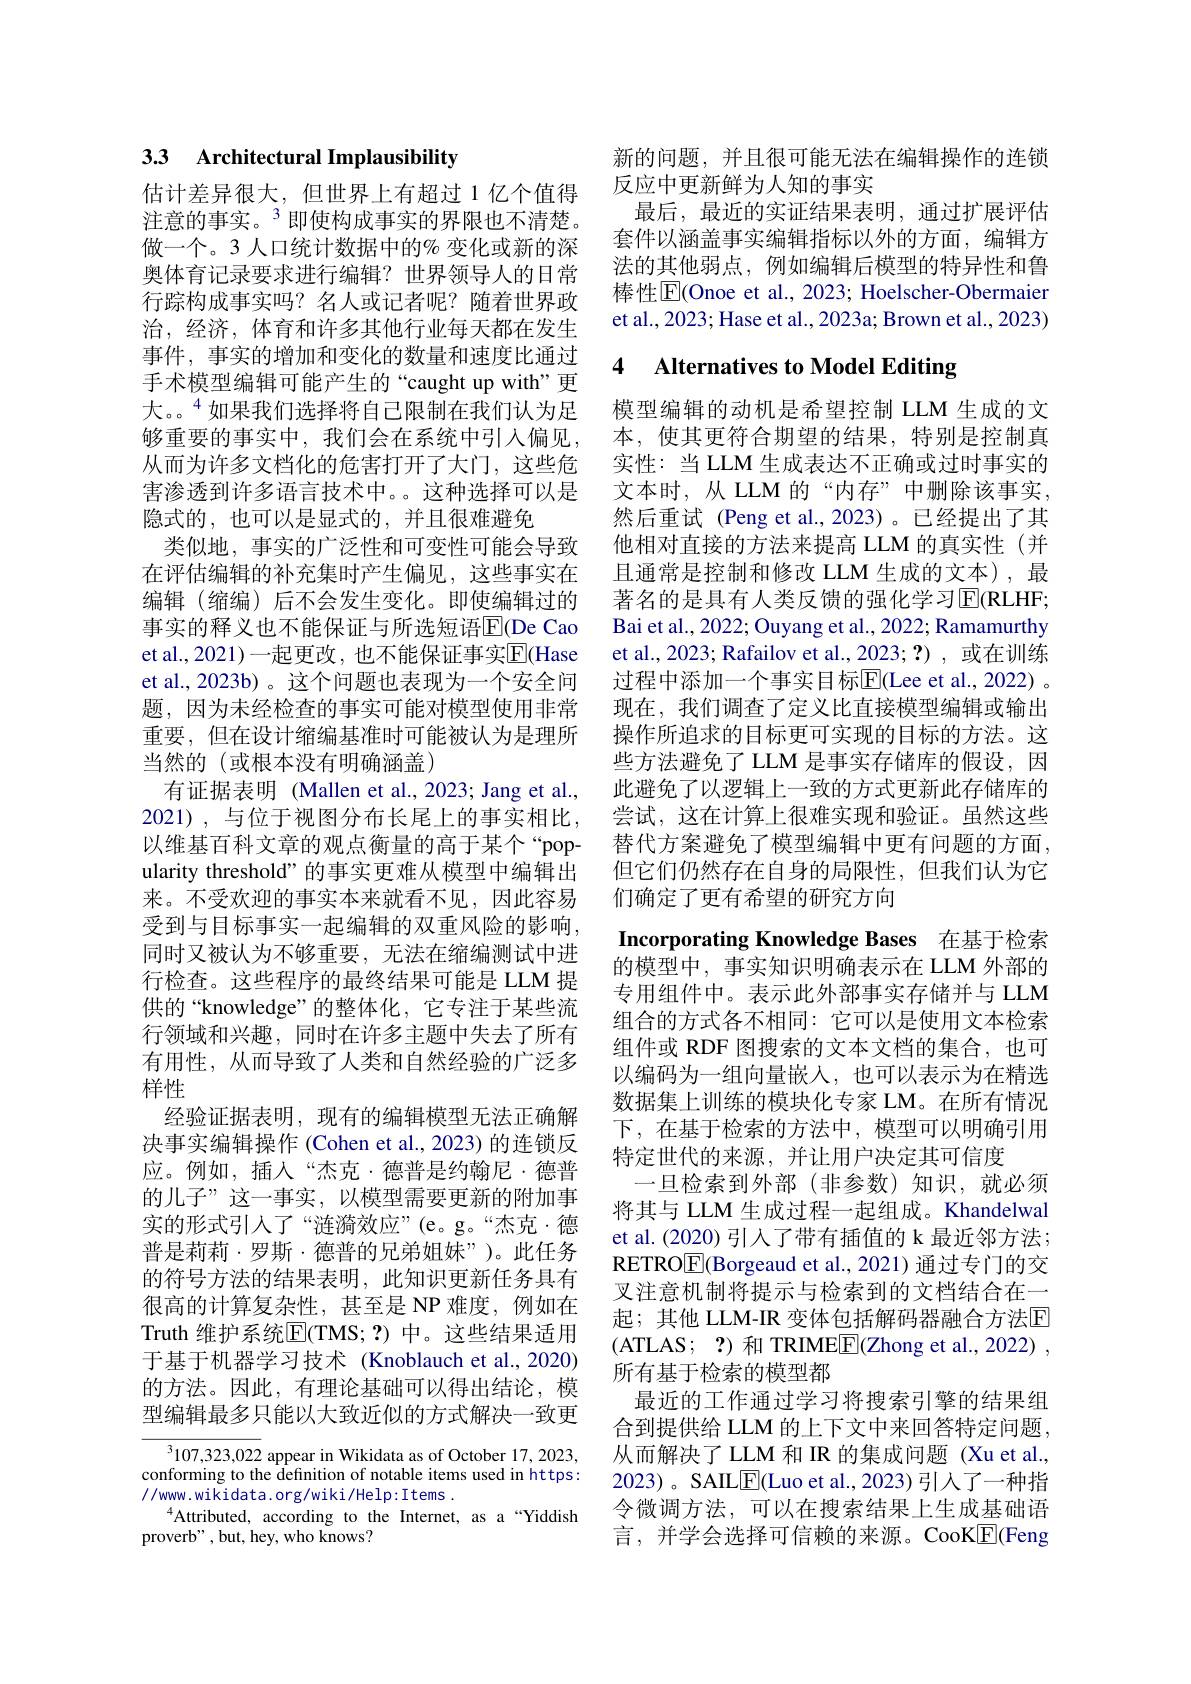
## 33 Architectural Implausibility

估计差异很大，但世界上有超过 1 亿个值得注意的事实。$^{3}$即使构成事实的界限也不清楚。做一个。3人口统计数据中的% 变化或新的深奥体育记录要求进行编辑？世界领导人的日常行踪构成事实吗？名人或记者呢？随着世界政治，经济，体育和许多其他行业每天都在发生事件，事实的增加和变化的数量和速度比通过手术模型编辑可能产生的“caught up with”更大。。$^{4}$如果我们选择将自己限制在我们认为足够重要的事实中，我们会在系统中引入偏见， 从而为许多文档化的危害打开了大门，这些危害渗透到许多语言技术中。。这种选择可以是隐式的，也可以是显式的，并且很难避免
类似地，事实的广泛性和可变性可能会导致在评估编辑的补充集时产生偏见，这些事实在编辑(缩编)后不会发生变化。即使编辑过的事实的释义也不能保证与所选短语$\overline{\mathrm{E}}($De Cao et al., 2021)一起更改，也不能保证事实$\overline{\mathrm{E}}($Hase et al., 2023b) 。这个问题也表现为一个安全间题，因为未经检查的事实可能对模型使用非常重要，但在设计缩编基准时可能被认为是理所当然的(或根本没有明确涵盖)
有证据表明 (Mallen et al., 2023; Jang et al., 2021),与位于视图分布长尾上的事实相比， 以维基百科文章的观点衡量的高于某个“popularity threshold”的事实更难从模型中编辑出来。不受欢迎的事实本来就看不见，因此容易受到与目标事实一起编辑的双重风险的影响， 同时又被认为不够重要，无法在缩编测试中进行检查。这些程序的最终结果可能是 LLM 提供的“knowledge”的整体化，它专注于某些流行领域和兴趣，同时在许多主题中失去了所有有用性，从而导致了人类和自然经验的广泛多样性
经验证据表明，现有的编辑模型无法正确解决事实编辑操作 (Cohen et al., 2023) 的连锁反应。例如，插入“杰克·德普是约翰尼·德普的儿子”这一事实，以模型需要更新的附加事实的形式引人了“连漪效应”(e。g。“杰克·德普是莉莉·罗斯·德普的兄弟姐妹”)。此任务的符号方法的结果表明，此知识更新任务具有很高的计算复杂性，甚至是 NP 难度，例如在Truth 维护系统$\overline{\mathrm{E}}($TMS;?)中。这些结果适用于基于机器学习技术 (Knoblauch et al.,2020) 的方法。因此，有理论基础可以得出结论，模型编辑最多只能以大致近似的方式解决一致更

$^3107,323,022$ appear in Wikidata as of October 17,2023, conforming to the definition of notable items used in https: $//www.wikidata.org/wiki/Help:Items.$
$^{4}$Attributed, according to the Internet, as a“Yiddish
proverb" , but, hey, who knows?

新的问题，并且很可能无法在编辑操作的连锁
反应中更新鲜为人知的事实
最后，最近的实证结果表明，通过扩展评估套件以涵盖事实编辑指标以外的方面，编辑方法的其他弱点，例如编辑后模型的特异性和鲁棒性$\overline{\mathrm{E}}($Onoe et al., 2023; Hoelscher-Obermaier et al., 2023; Hase et al., 2023a; Brown et al., 2023)

# 4 Alternatives to Model Editing

模型编辑的动机是希望控制 LLM 生成的文本，使其更符合期望的结果，特别是控制真实性：当 LLM 生成表达不正确或过时事实的文本时，从 LLM 的“内存”中删除该事实， 然后重试 (Peng et al.,2023)。已经提出了其他相对直接的方法来提高 LLM 的真实性(并且通常是控制和修改 LLM 生成的文本),最著名的是具有人类反馈的强化学习$\overline{\mathrm{E}}($RLHF; Bai et al., 2022; Ouyang et al., 2022; Ramamurthy et al., 2023; Rafailov et al., 2023; ?) , 或在训练过程中添加一个事实目标$\overline{\mathrm{E}}($Lee et al., 2022) 。现在，我们调查了定义比直接模型编辑或输出操作所追求的目标更可实现的目标的方法。这些方法避免了 LLM 是事实存储库的假设，因此避免了以逻辑上一致的方式更新此存储库的尝试，这在计算上很难实现和验证。虽然这些替代方案避免了模型编辑中更有问题的方面， 但它们仍然存在自身的局限性，但我们认为它们确定了更有希望的研究方向

Incorporating Knowledge Bases 在基于检索

的模型中，事实知识明确表示在 LLM 外部的专用组件中。表示此外部事实存储并与 LLM 组合的方式各不相同：它可以是使用文本检索组件或 RDF 图搜索的文本文档的集合，也可以编码为一组向量嵌入，也可以表示为在精选数据集上训练的模块化专家 LM。在所有情况下，在基于检索的方法中，模型可以明确引用特定世代的来源，并让用户决定其可信度
一旦检索到外部(非参数)知识，就必须将其与 LLM 生成过程一起组成。Khandelwal et al. (2020) 引入了带有插值的 k 最近邻方法； RETRO$\boxed{\mathrm{F}}($Borgeaud et al., 2021) 通过专门的交叉注意机制将提示与检索到的文档结合在一起；其他 LLM-IR 变体包括解码器融合方法$\mathbb{E}$ (ATLAS; ?)和 TRIMEE(Zhong et al., 2022) , 所有基于检索的模型都
最近的工作通过学习将搜索引擎的结果组合到提供给 LLM 的上下文中来回答特定问题， 从而解决了 LLM 和 IR 的集成问题 (Xu et al., 2023)。SAIL$\boxed{\mathrm{F}}$(Luo et al., 2023)引人了一种指令微调方法，可以在搜索结果上生成基础语言，并学会选择可信赖的来源。CooK$\boxed{\mathrm{F}}$(Feng